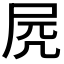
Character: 𡱂